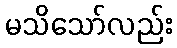
မသိသော်လည်း